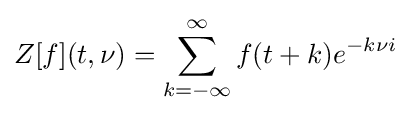
Z[f](t,\nu )=\sum _{k=-\infty }^{\infty }f(t+k)e^{-k\nu i}